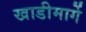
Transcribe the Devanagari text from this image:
खाडीमार्गे